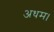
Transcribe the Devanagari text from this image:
अधम।